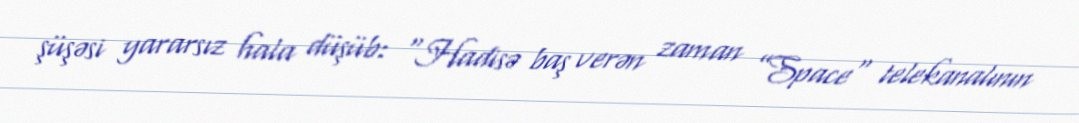
şüşəsi yararsız hala düşüb: “Hadisə baş verən zaman ”Space" telekanalının